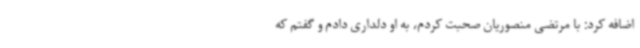
اضافه کرد: با مرتضی منصوریان صحبت کردم، به او دلداری دادم و گفتم که